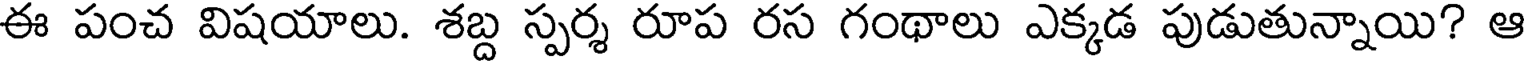
ఈ పంచ విషయాలు. శబ్ద స్పర్శ రూప రస గంథాలు ఎక్కడ పుడుతున్నాయి? ఆ